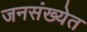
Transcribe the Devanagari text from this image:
जनसंख्येत